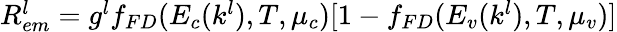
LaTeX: \begin{array}{r}{R_{em}^{l}=g^{l}f_{FD}(E_{c}(k^{l}),T,\mu_{c})[1-f_{FD}(E_{v}(k^{l}),T,\mu_{v})]}\end{array}